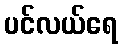
ပင်လယ်ရေ